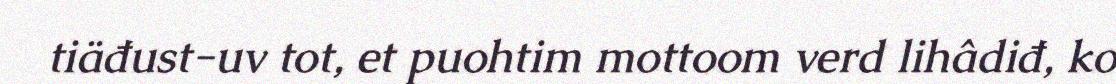
tiäđust-uv tot, et puohtim mottoom verd lihâdiđ, ko